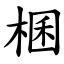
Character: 棞